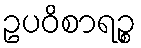
ဥပဝိစာရဉ္စ